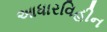
આધારવિહીન